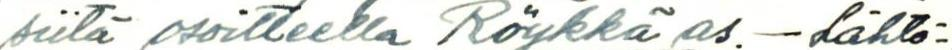
siitä osoitteella Röykkä as. - Lähtö-